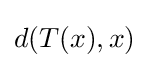
d(T(x),x)